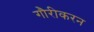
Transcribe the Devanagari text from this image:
गौरीकरन